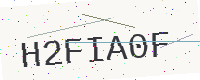
Text: H2FIA0F